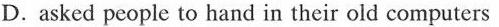
D.asked people to hand in their old computers